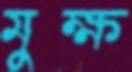
মুক্ষ